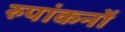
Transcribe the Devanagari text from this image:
रुपांकनों